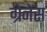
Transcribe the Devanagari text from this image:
ग्रेनेस